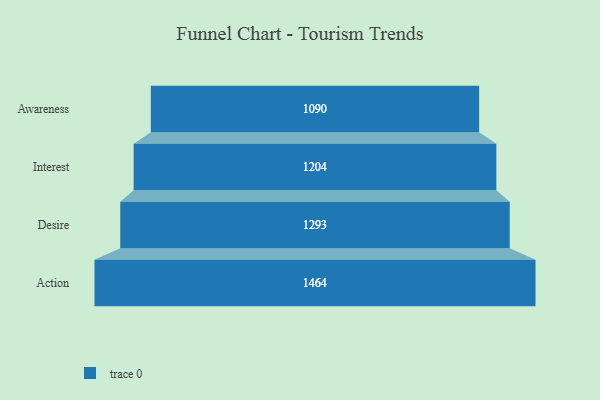
{"axis": {"x": "Stage", "y": "Value"}, "legend": [""], "data": [{"x": "Awareness", "y": 1090.0, "type": ""}, {"x": "Interest", "y": 1204.0, "type": ""}, {"x": "Desire", "y": 1293.0, "type": ""}, {"x": "Action", "y": 1464.0, "type": ""}]}